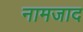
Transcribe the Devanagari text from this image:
नामजाद